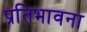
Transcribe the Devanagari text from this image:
प्रतिभावना